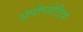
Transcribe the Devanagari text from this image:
अपोप्तोटिक